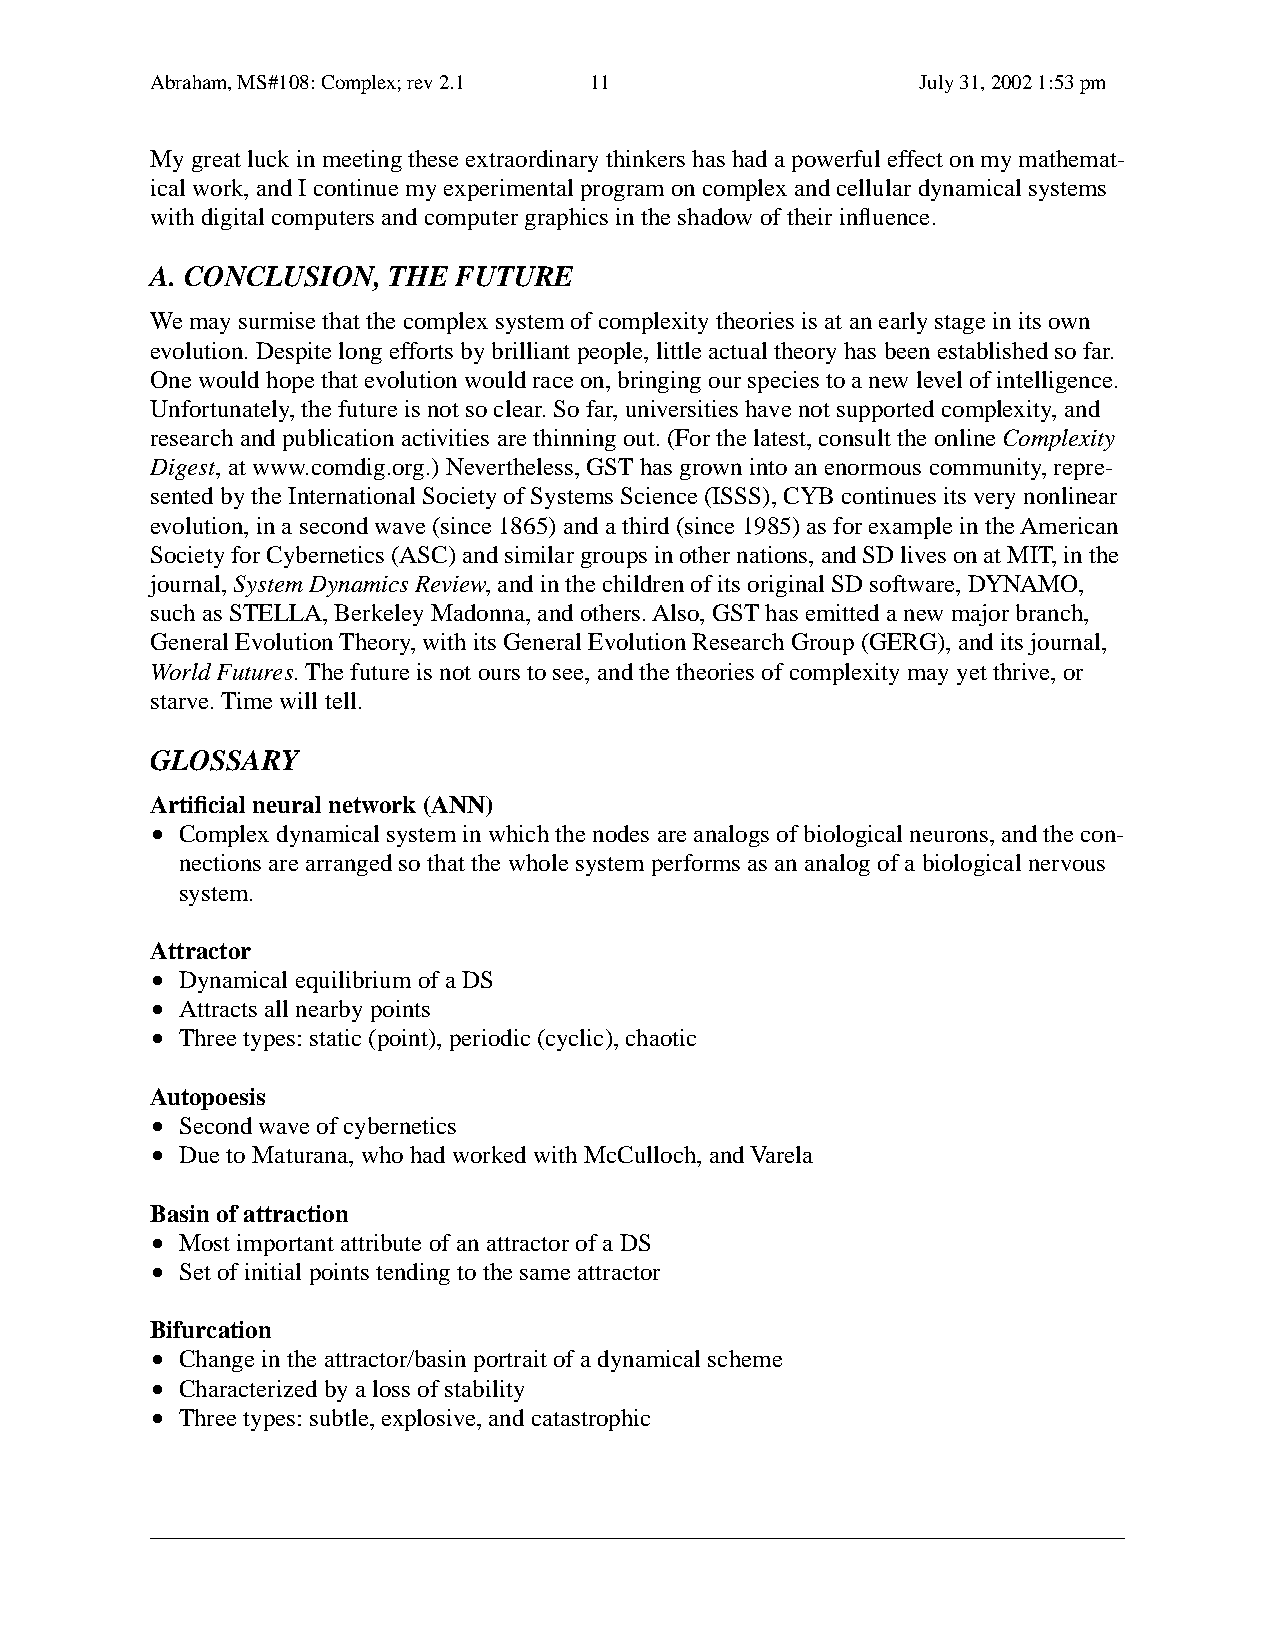
Abraham, MS#108: Complex; rev 2.1 11               July 31, 2002 1:53 pm
 My great luck in meeting these extraordinary thinkers has had a powerful effect on my mathemat-
 ical work, and I continue my experimental program on complex and cellular dynamical systems
 with digital computers and computer graphics in the shadow of their influence.
 A. CONCLUSION,  THE  FUTURE
 We may surmise that the complex system of complexity theories is at an early stage in its own
 evolution. Despite long efforts by brilliant people, little actual theory has been established so far.
 One would hope that evolution would race on, bringing our species to a new level of intelligence.
 Unfortunately, the future is not so clear. So far, universities have not supported complexity, and
 research and publication activities are thinning out. (For the latest, consult the online Complexity
 Digest, at www.comdig.org.) Nevertheless, GST has grown into an enormous community, repre-
 sented by the International Society of Systems Science (ISSS), CYB continues its very nonlinear
 evolution, in a second wave (since 1865) and a third (since 1985) as for example in the American
 Society for Cybernetics (ASC) and similar groups in other nations, and SD lives on at MIT, in the
 journal, System Dynamics Review, and in the children of its original SD software, DYNAMO,
 such as STELLA, Berkeley Madonna, and others. Also, GST has emitted a new major branch,
 General Evolution Theory, with its General Evolution Research Group (GERG), and its journal,
 World Futures. The future is not ours to see, and the theories of complexity may yet thrive, or
 starve. Time will tell.
 GLOSSARY
 Artificial neural network (ANN)
 • Complex dynamical system in which the nodes are analogs of biological neurons, and the con-
 nections are arranged so that the whole system performs as an analog of a biological nervous
 system.
 Attractor
 • Dynamical equilibrium of a DS
 • Attracts all nearby points
 • Three types: static (point), periodic (cyclic), chaotic
 Autopoesis
 • Second wave of cybernetics
 • Due to Maturana, who had worked with McCulloch, and Varela
 Basin of attraction
 • Most important attribute of an attractor of a DS
 • Set of initial points tending to the same attractor
 Bifurcation
 • Change in the attractor/basin portrait of a dynamical scheme
 • Characterized by a loss of stability
 • Three types: subtle, explosive, and catastrophic